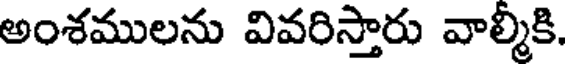
అంశములను వివరిస్తారు వాల్మీకి.